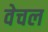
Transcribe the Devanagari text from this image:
वेचल